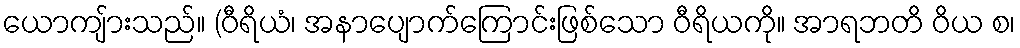
ယောကျ်ားသည်။ (ဝီရိယံ၊ အနာပျောက်ကြောင်းဖြစ်သော ဝီရိယကို။ အာရဘတိ ဝိယ စ၊